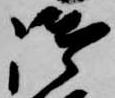
御